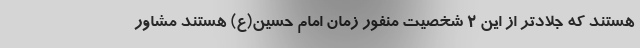
هستند که جلادتر از این ۲ شخصیت منفور زمان امام حسین(ع) هستند مشاور